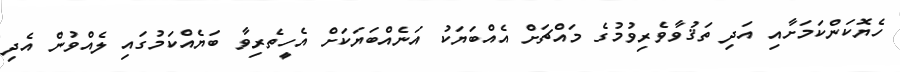
ހެޔޮކަންކަމަށާއި އަދި ތަޤުވާވެރިވުމުގެ މައްޗަށް އެއްބަޔަކު އަނެއްބަޔަކަށް އެހީތެރިވާ ބަޔެއްކަމުގައި ލެއްވުން އެދި